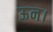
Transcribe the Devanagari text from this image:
ऊन।